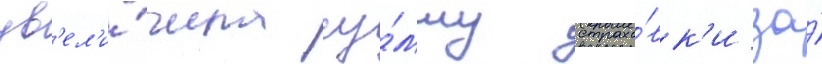
ув'ел'и́чила су́мму страхо́вк'и за́